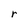
Character: r